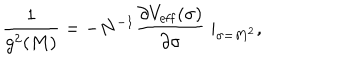
{ \frac { 1 } { g ^ { 2 } ( M ) } } = - N ^ { - 1 } { \frac { \partial V _ { \mathrm { e f f } } ( \sigma ) } { \partial \sigma } } \mid _ { \sigma = M ^ { 2 } } ,